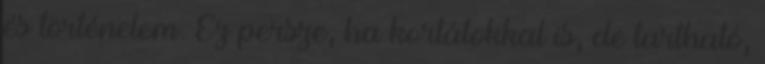
és történelem. Ez persze, ha korlátokkal is, de tartható,